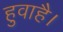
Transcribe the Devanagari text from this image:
हुवाहै।